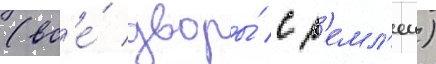
(вс'е́ дворы́ с з'емл'еи)